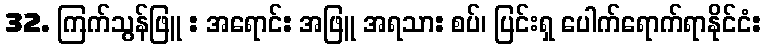
32. ကြက်သွန်ဖြူ : အရောင်: အဖြူ အရသာ: စပ်၊ ပြင်းရှ ပေါက်ရောက်ရာနိုင်ငံ: